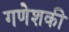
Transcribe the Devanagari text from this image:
गणेशकी